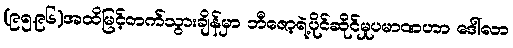
(၉၅.၉၆)အထိမြင့်တက်သွားချိန်မှာ ဘီဇော့ရဲ့ပိုင်ဆိုင်မှုပမာဏဟာ ဒေါ်လာ